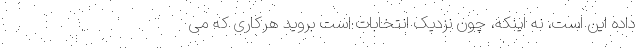
داده این است، نه اینکه، چون نزدیک انتخابات است بروید هرکاری که می